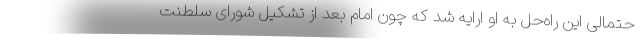
حتمالی این راه‌حل به او ارایه شد که چون امام بعد از تشکیل شورای سلطنت